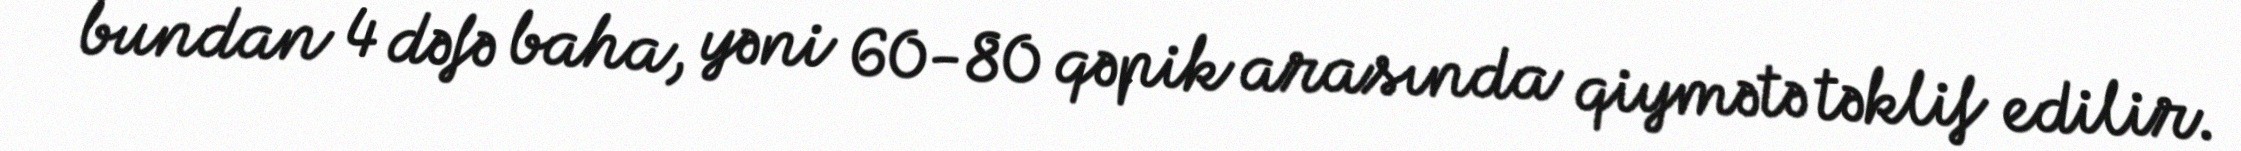
bundan 4 dəfə baha, yəni 60-80 qəpik arasında qiymətə təklif edilir.